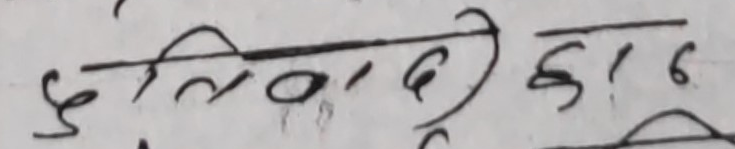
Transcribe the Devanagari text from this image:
द्विलित्त्वोईका६